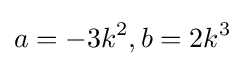
a=-3k^{2},b=2k^{3}